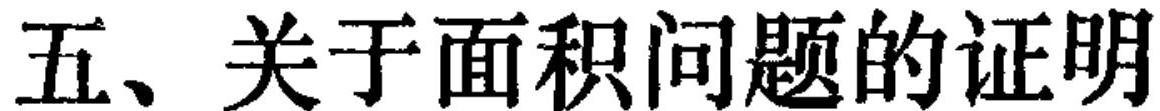
五、关于面积问题的证明